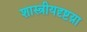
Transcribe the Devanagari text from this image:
शास्त्रीयदृष्टय़ा